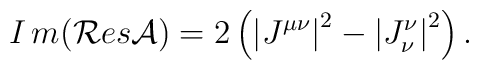
I\,m(\mathcal{R}es\mathcal{A})=2\left( \left| J^{\mu \nu }\right| ^2-\left|J_\nu ^\nu \right| ^2\right) {.}